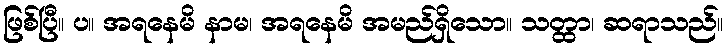
ဖြစ်ပြီ။ ပ။ အရနေမိ နာမ၊ အရနေမိ အမည်ရှိသော။ သတ္ထာ၊ ဆရာသည်။